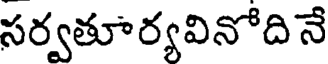
సర్వతూర్యవినోది నే